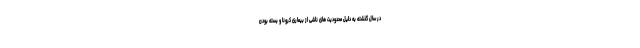
در سال گذشته به دلیل محدودیت های ناشی از بیماری کرونا و بسته بودن